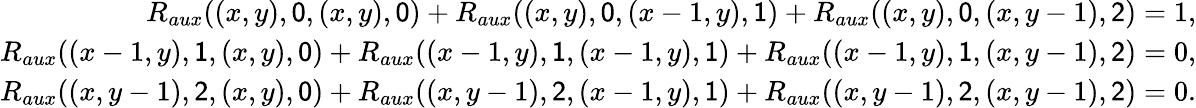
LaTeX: \begin{array}{r}{R_{aux}((x,y),\mathsf{0},(x,y),\mathsf{0})+R_{aux}((x,y),\mathsf{0},(x-1,y),\mathsf{1})+R_{aux}((x,y),\mathsf{0},(x,y-1),\mathsf{2})=1,}\\ {R_{aux}((x-1,y),\mathsf{1},(x,y),\mathsf{0})+R_{aux}((x-1,y),\mathsf{1},(x-1,y),\mathsf{1})+R_{aux}((x-1,y),\mathsf{1},(x,y-1),\mathsf{2})=0,}\\ {R_{aux}((x,y-1),\mathsf{2},(x,y),\mathsf{0})+R_{aux}((x,y-1),\mathsf{2},(x-1,y),\mathsf{1})+R_{aux}((x,y-1),\mathsf{2},(x,y-1),\mathsf{2})=0.}\end{array}